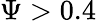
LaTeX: \Psi>0.4